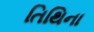
તિથિના